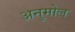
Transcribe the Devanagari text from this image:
अनुमोल